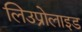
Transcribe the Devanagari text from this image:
लिउप्रोलाइड